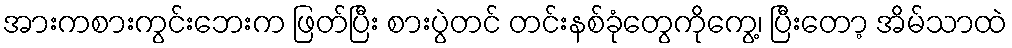
အားကစားကွင်းဘေးက ဖြတ်ပြီး စားပွဲတင် တင်းနစ်ခုံတွေကိုကွေ့၊ ပြီးတော့ အိမ်သာထဲ